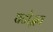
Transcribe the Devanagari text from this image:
घटोद्भव